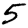
Digit: 5